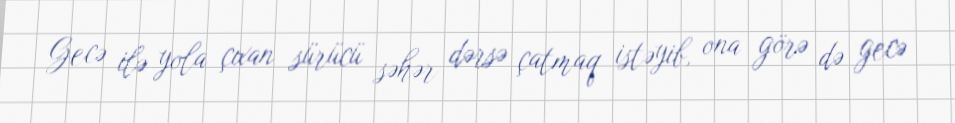
Gecə ilə yola çıxan sürücü səhər dərsə çatmaq istəyib, ona görə də gecə